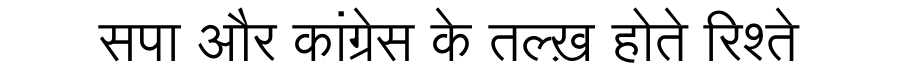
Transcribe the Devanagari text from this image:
सपा और कांग्रेस के तल्ख़ होते रिश्ते